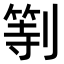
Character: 𠟚